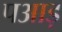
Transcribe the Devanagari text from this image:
पआड़